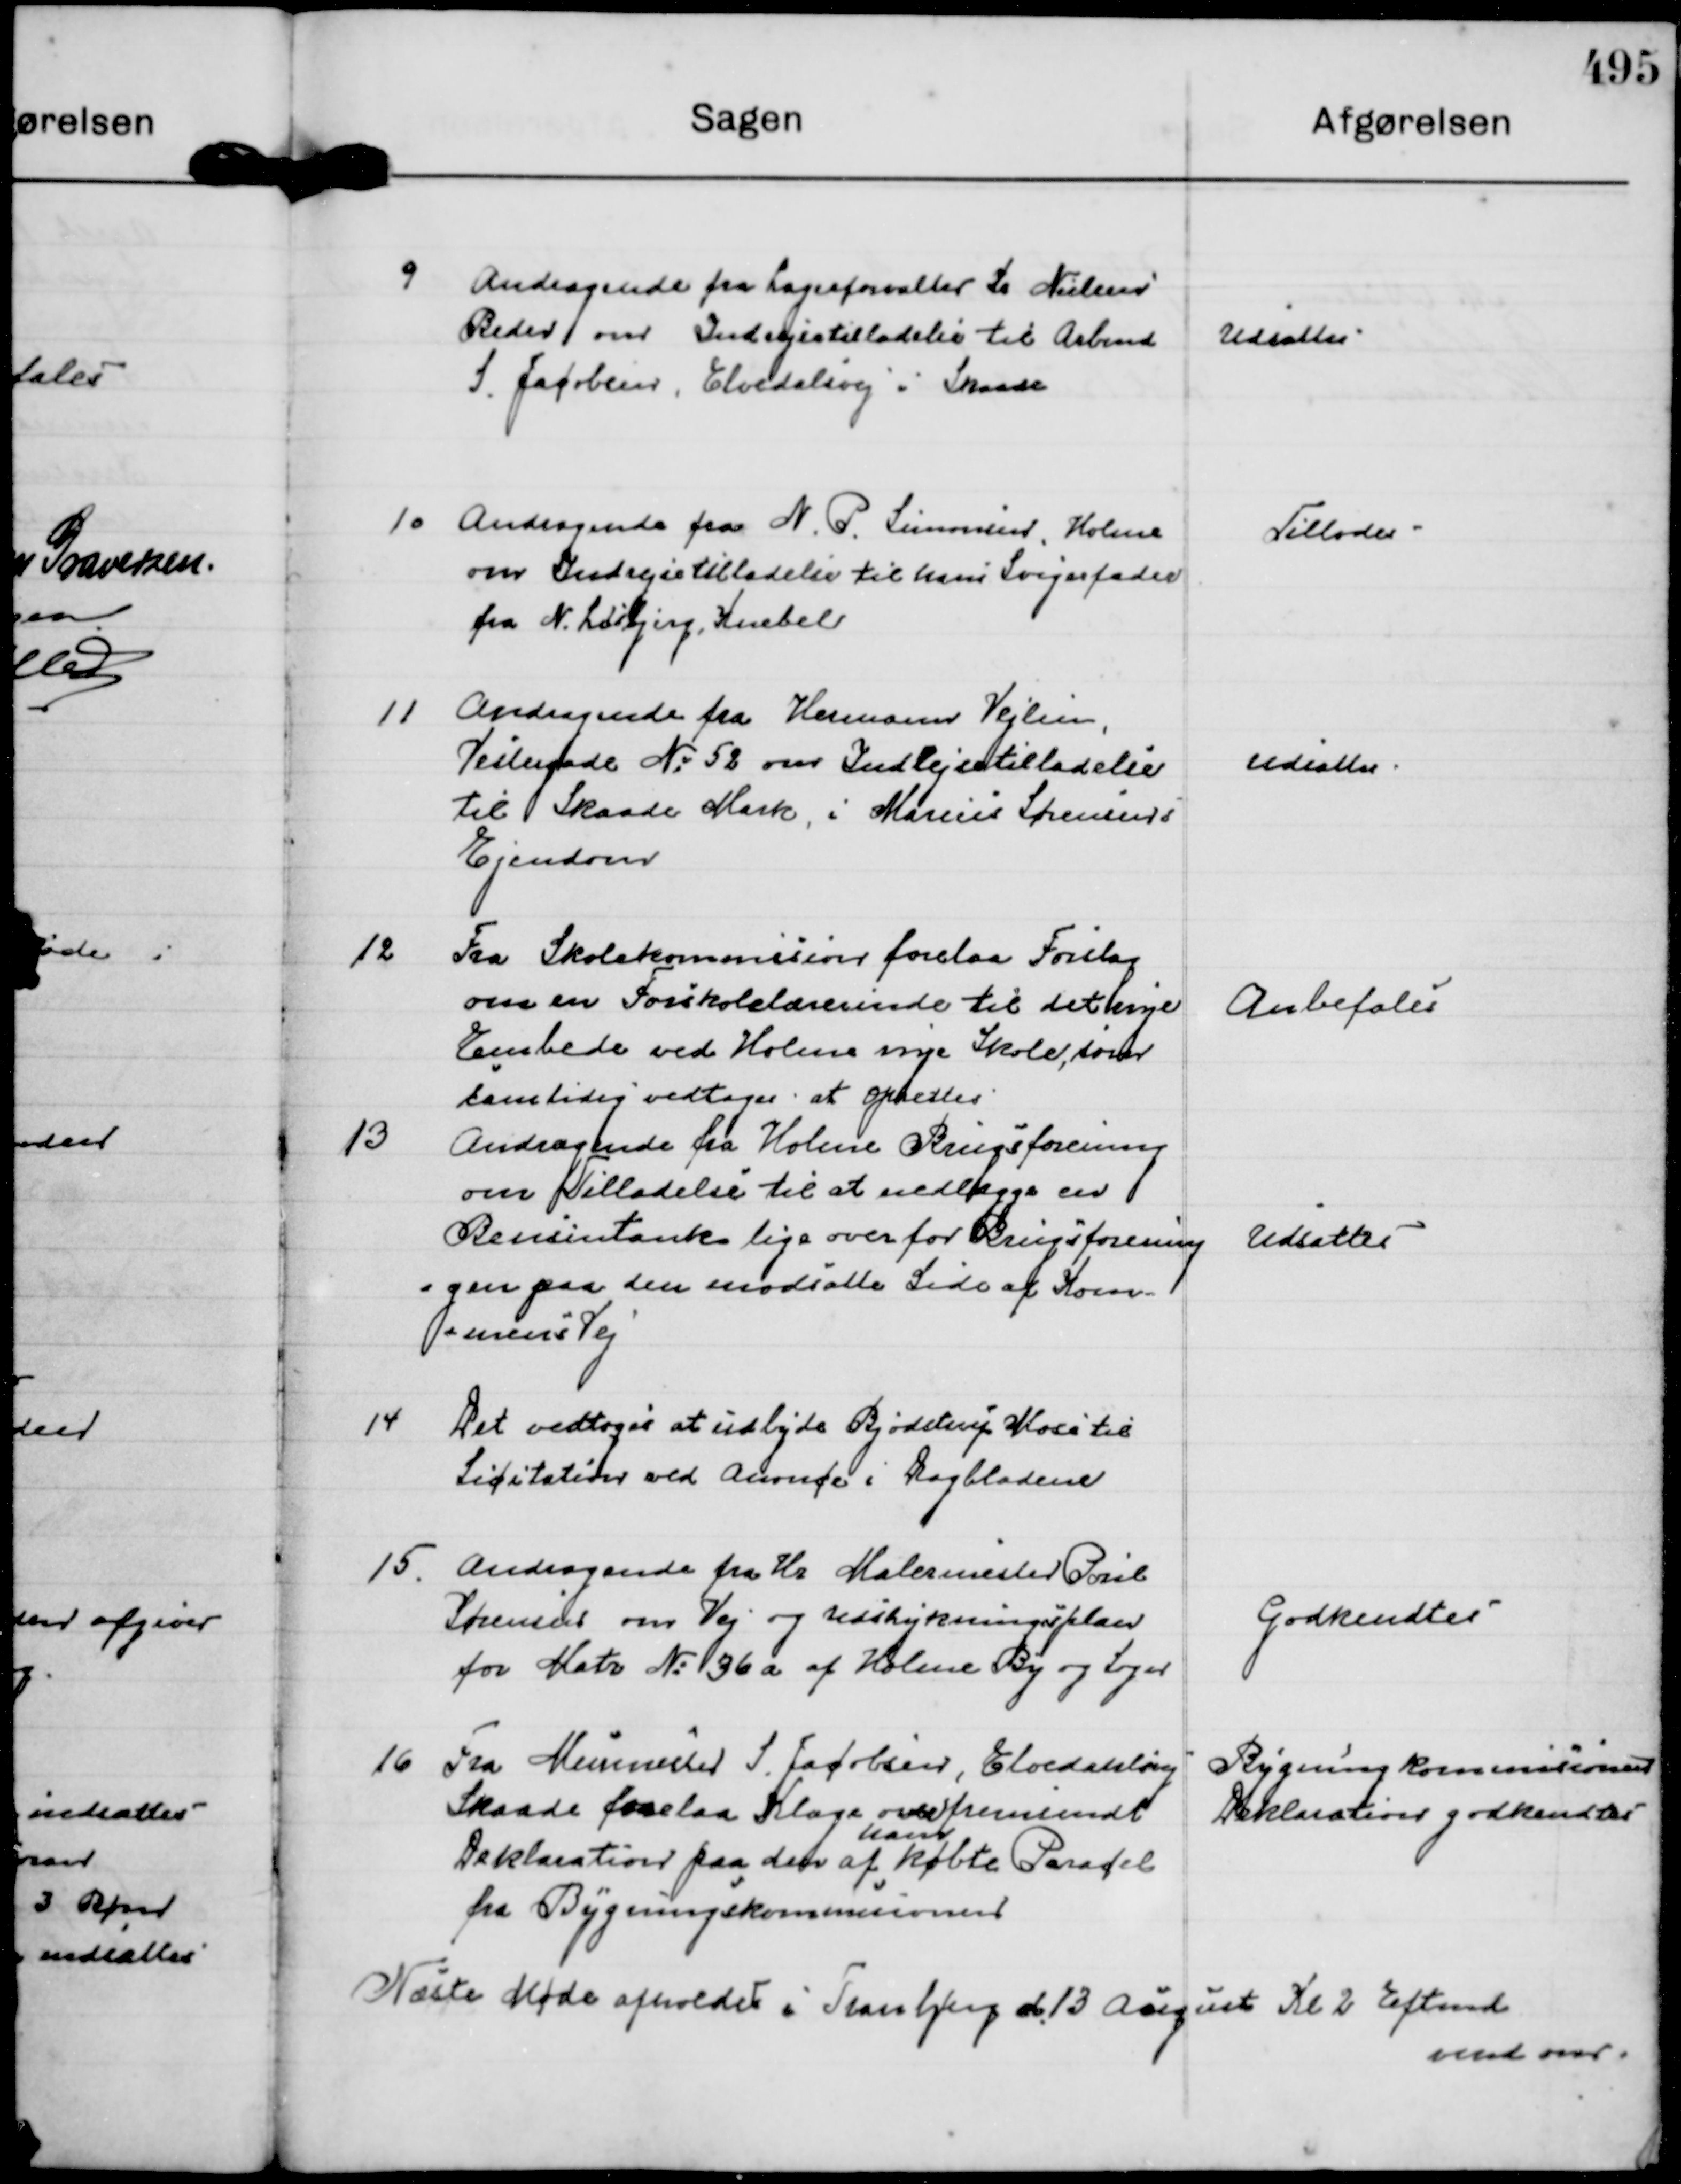
Transskription:
9
Andragende fra Lagerforvalter Kr Nielsen
Beder om Indrejsetilladelse til Arbmd
S. Jacobsen, Elvedalvej i Skaade

Udsattes

10
Andragende fra N. P. Simonsen, Holme
om Indrejsetilladelse til hans Svigerfader
fra N. Lisbjerg, Knebel

Tillodes -

11
Andragende fra Hermann Vejlsen
Vestergade No 52 om Indrejsetilladelse
til Skaade Mark, i Marius Sørensens
Ejendom

udsattes.

12
Fra Skolekommision forelaa Forslag
om en Forskolelærerinde til det nye
Embede ved Holme nye Skole, som
samtidig vedtoges . at oprettes

Anbefales

13
Andragende fra Holme Brugsforening
om Tilladelse til at nedlægge en
Bensintank lige over for Brugsforening
=gen paa den modsatte Side af Kom=
=unens Vej

Udsattes

14
Det vedtoges at udbyde Bjødstrup Mose til
Licitation ved Anonce i Dagbladene

15.
Andragende fra Hr Malermester Poul
Sørensen om Vej og Udskykningsplan
for Matr N: 36 a af Holme By og Sogn

Godkendtes

16
Fra Murmester S. Jacobsen, Elvedalsvej
Skaade forelaa Klage over fremsendt
Deklaration paa den af
ham
købte Paracel
fra Bygningskommisionen

Bygningkommisionens
Deklaration godkendtes

Næste Møde afholdes i Tranbjerg d. 13 August Kl 2 Eftmd
vend om.